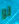
لو